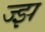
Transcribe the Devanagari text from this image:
ज्झ